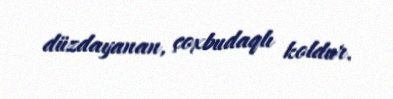
düzdayanan, çoxbudaqlı koldur.